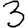
Digit: 3